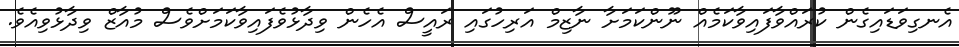
އެނގިވަޑައިގެން ކުރައްވާފައިވާކަމެއް ނޫންކަމަށާ ނާޒިމް އަރިހުގައި ރައީސް އެހެން ވިދާޅުވެފައިވާކަމަށްވެސް މުއާޒް ވިދާޅުވިއެވެ.